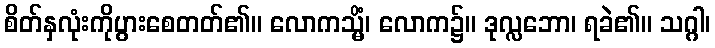
စိတ်နှလုံးကိုပွားစေတတ်၏။ လောကသ္မိံ၊ လောက၌။ ဒုလ္လဘော၊ ရခဲ၏။ သဂ္ဂါ၊